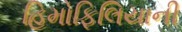
હિમોફિલિયાની